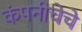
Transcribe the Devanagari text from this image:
कंपनीचेचे